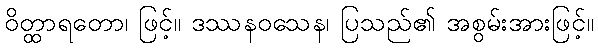
ဝိတ္ထာရတော၊ ဖြင့်။ ဒဿနဝသေန၊ ပြသည်၏ အစွမ်းအားဖြင့်။